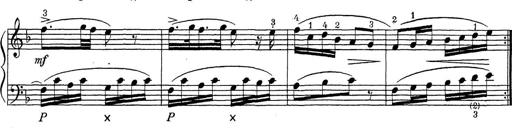
Title: ÄŒeskÃ© Sonatiny
Composer: Various